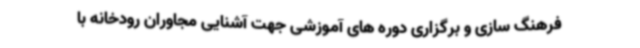
فرهنگ سازی و برگزاری دوره های آموزشی جهت آشنایی مجاوران رودخانه با